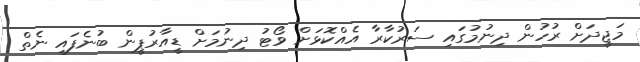
މަޖީދަށް ރުހުން ދިނުމުގައި ސަރުކާރާ އެއްކޮޅަށް ވޯޓު ދިނުމަށް ޑީއާރުޕީން ބުނެފައި ނެތް